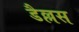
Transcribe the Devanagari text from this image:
डैल्लस